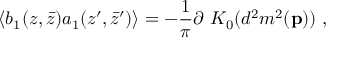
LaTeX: \langle b _ { 1 } ( z , \bar { z } ) a _ { 1 } ( z ^ { \prime } , \bar { z } ^ { \prime } ) \rangle = - { \frac { 1 } { \pi } } \partial ~ K _ { 0 } ( d ^ { 2 } m ^ { 2 } ( { \bf p } ) ) ~ ,